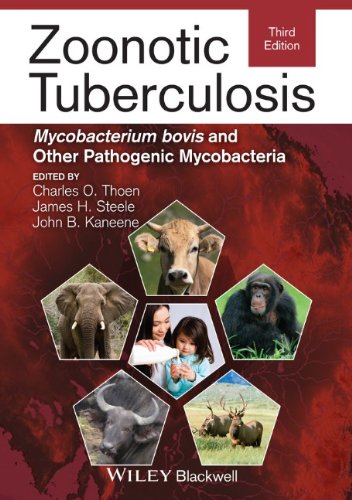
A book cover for Zoonotic Tuberculosis: Mycobacterium bovis and Other Pathogenic Mycobacteria; Medical Books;